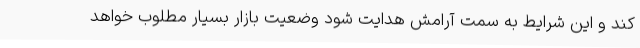
کند و این شرایط به سمت آرامش هدایت شود وضعیت بازار بسیار مطلوب خواهد